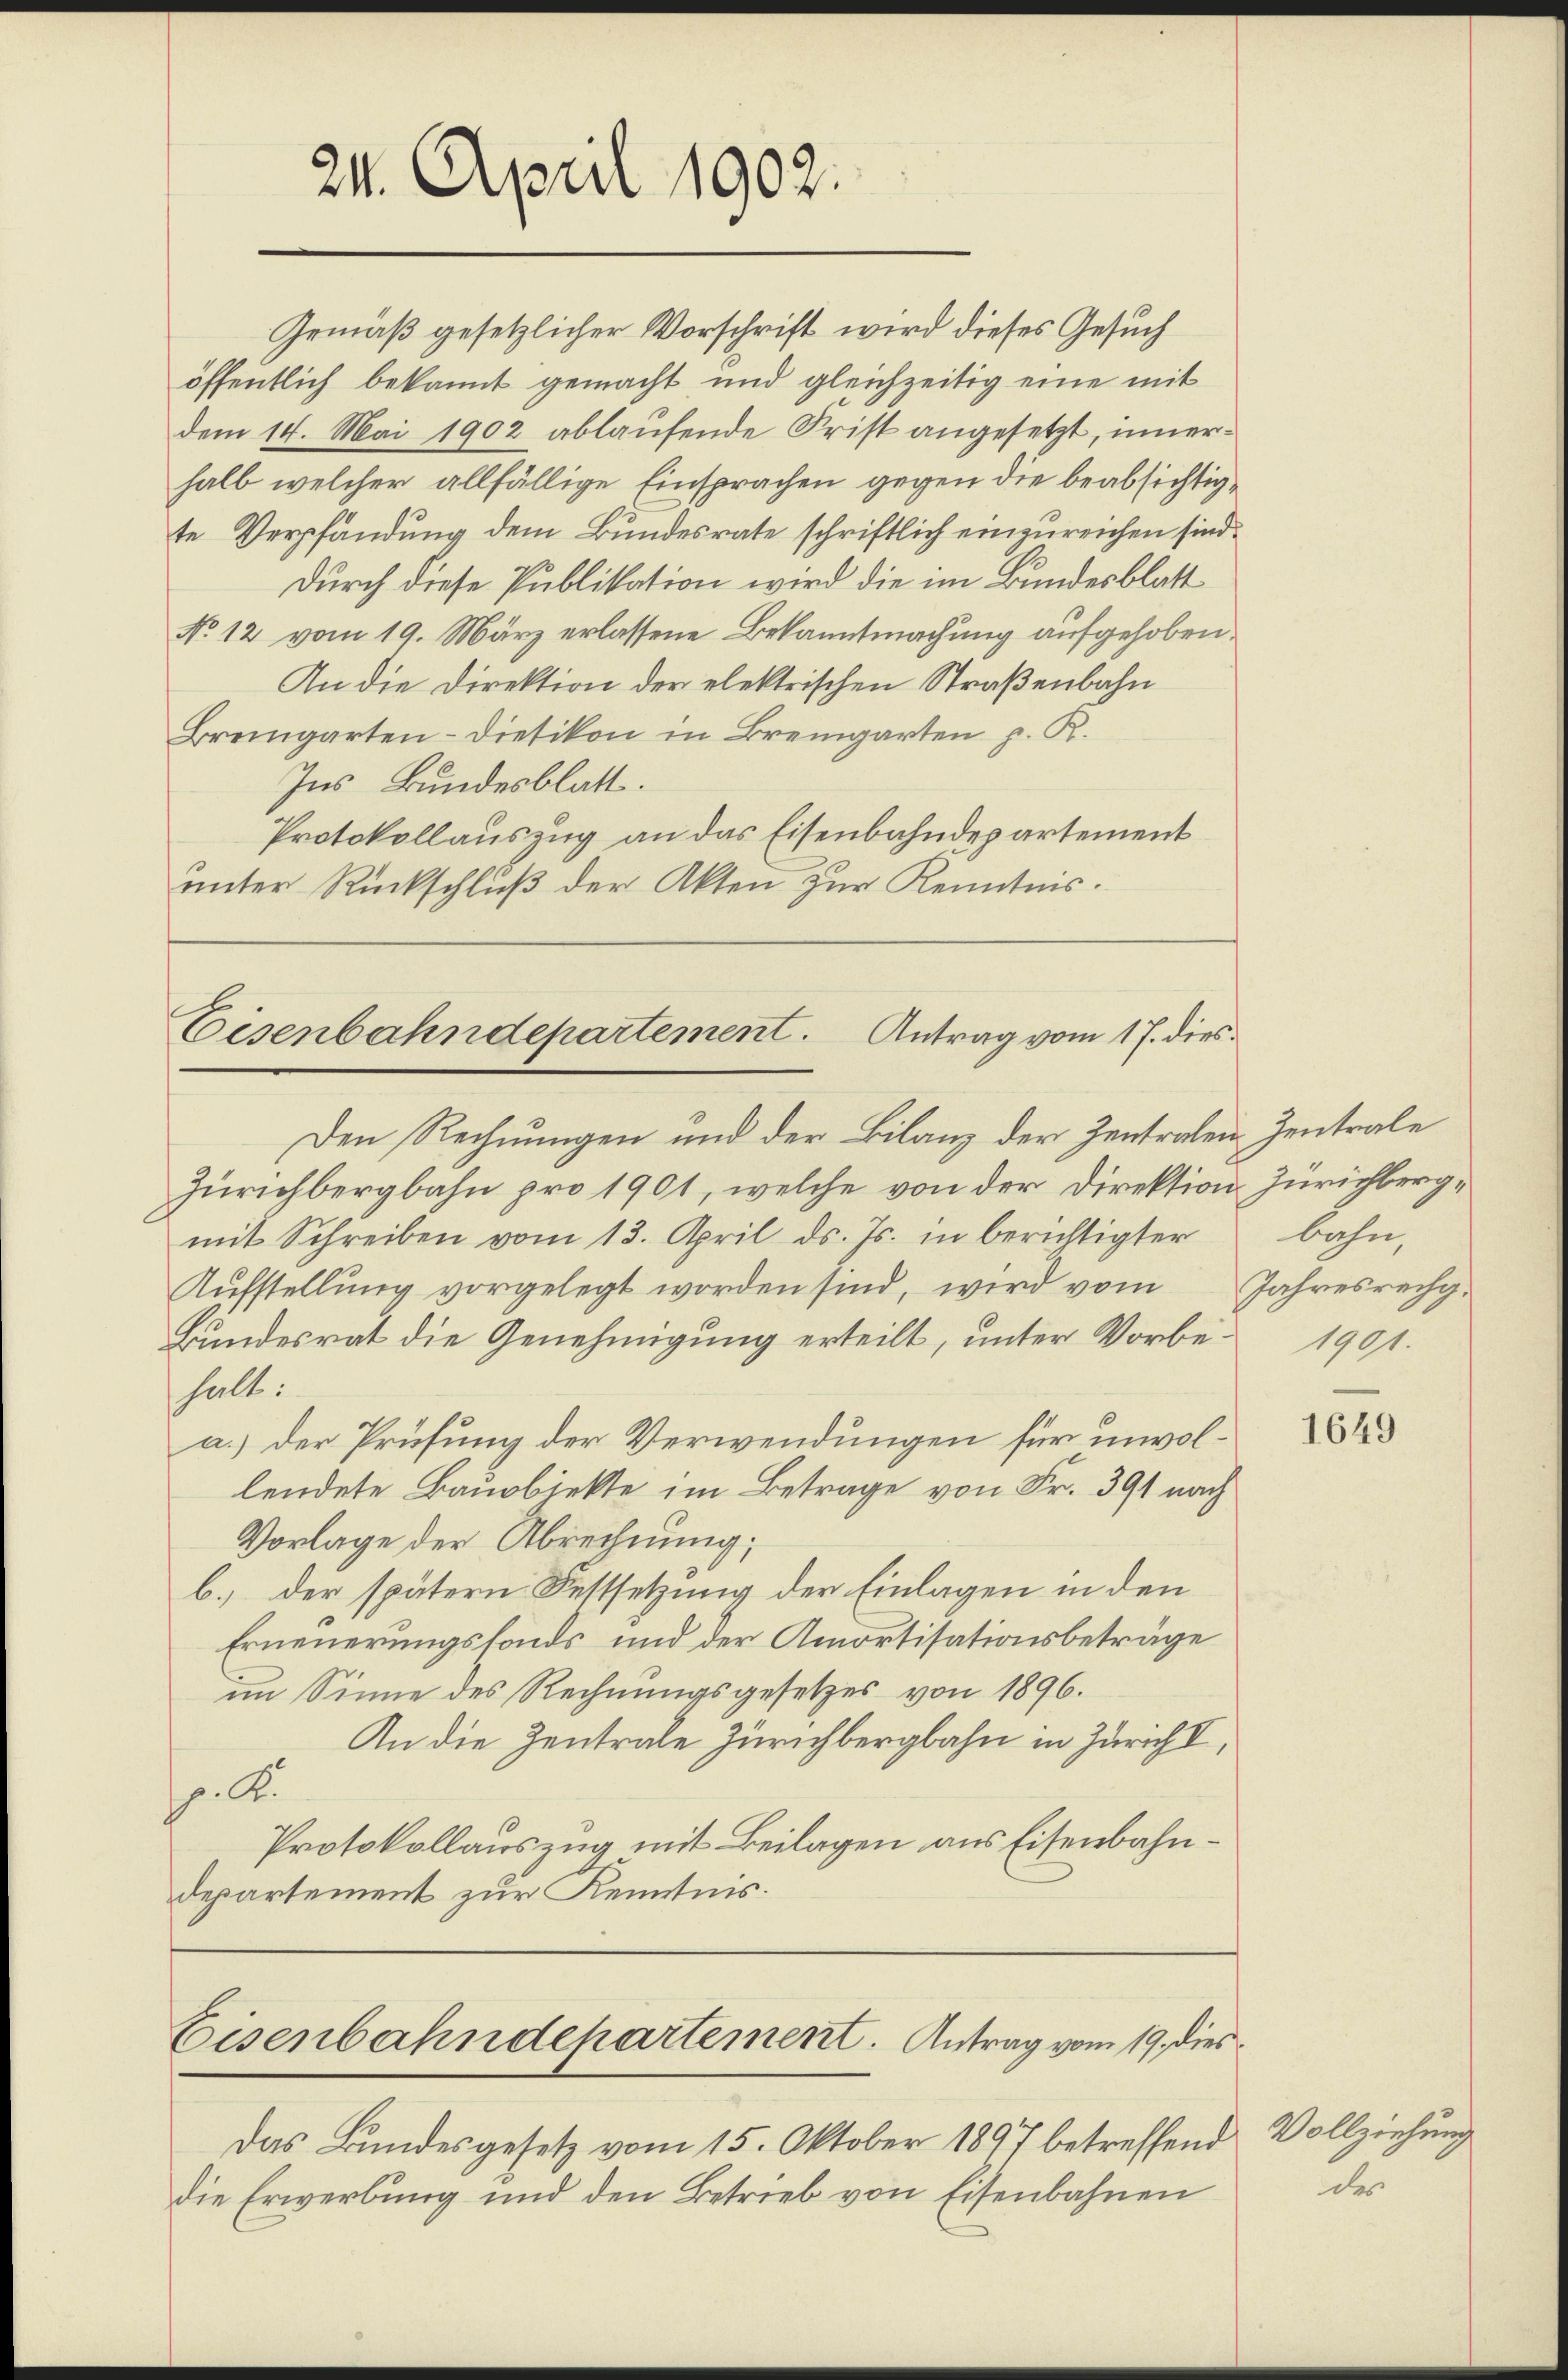
24. April 1902.

Gemäß gesetzlicher Vorschrift wird dieses Gesuch
öffentlich bekannt gemacht und gleichzeitig eine mit
dem 14. Mai 1902 ablaufende Frist angesetzt, inner
halb welcher allfällige Einsprachen gegen die beabsichtigte Verpfändung dem Bundesrate schriftlich einzureichen sind.
Durch diese Publikation wird die im Bundesblatt
No 12 vom 19. März erlassene Bekanntmachung aufgehoben.
An die Direktion der elektrischen Straßenbahn
Bremgarten-Dietikon in Bremgarten p. R.
Ins Bundesblatt.
Protokollauszug an das Eisenbahndepartement
unter Rückschluß der Akten zur Kenntnis.

Zürichbergbahn pro 1901, welche von der Direktion Zürichbergmit Schreiben vom 13. April ds. Js. in berichtigter bahn,
Aufstellung vorgelegt worden sind, wird vom
Bundesrat die Genehmigung erteilt, unter Vorbe- 1901.
halt:
a.) der Prüfung der Verwendungen für unvollendete Bauabiekte im Betrage von Fr. 391 nach
Vorlage der Abrechnung;
b.) der spätern Festsetzung der Einlagen in den
Erneuerungsfonds und der Amortisationsbeträge
im Sinne des Rechnungsgesetzes von 1896.
An die Zentrale Zürichbergbahn in Zürich I,
p. A
Protokollauszug mit Beilagen aus Eisenbahndepartement zur Kenntnis.

Das Bundesgesetz vom 15. Oktober 1897 betreffend
die Erwerbung und den Betrieb von Eisenbahnen

Eisenbahndepartement. Antrag vom 17. dies
Den Rechnungen und der Bilanz der Zentralen Zentrale

Eisenbahndepartement. Antrag vom 19. dies

Jahresrechg.

1649

Vollziehung
des